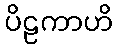
ပိဠကာဟိ